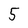
Character: 5